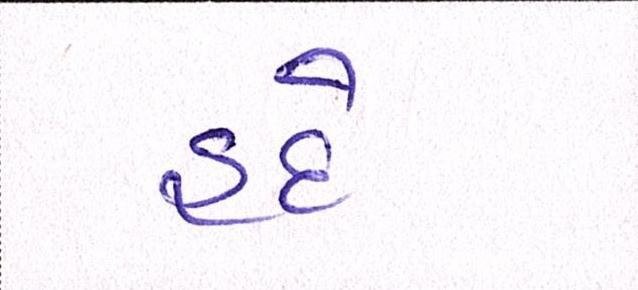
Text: હદે